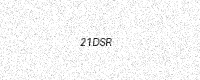
Text: 21DSR